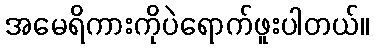
အမေရိကားကိုပဲရောက်ဖူးပါတယ်။